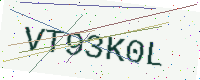
Text: VT93K0L